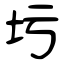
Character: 圬